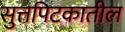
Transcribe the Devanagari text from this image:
सुत्तपिटकातील